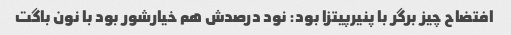
افتضاح چیز برگر با پنیرپیتزا بود: نود درصدش هم خیارشور بود با نون باگت